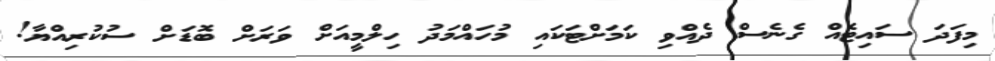
މިފަދަ ސައިޓެއް ގެނެސް ދެއްވި ކަމަށްޓަކައި މުހައްމަދު ހިލްމީއަށް ވަރަށް ބޮޑަށް ސުކުރިއްޔާ!